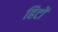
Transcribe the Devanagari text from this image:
हिटों